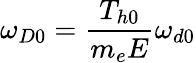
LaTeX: \omega_{D0}=\frac{T_{h0}}{m_{e}E}\omega_{d0}